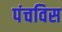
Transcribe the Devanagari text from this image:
पंचविस